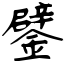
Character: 鐾